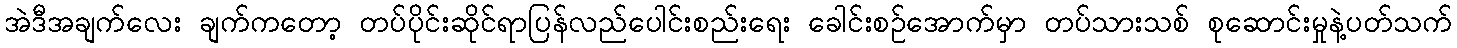
အဲဒီအချက်လေး ချက်ကတော့ တပ်ပိုင်းဆိုင်ရာပြန်လည်ပေါင်းစည်းရေး ခေါင်းစဉ်အောက်မှာ တပ်သားသစ် စုဆောင်းမှုနဲ့ပတ်သက်